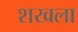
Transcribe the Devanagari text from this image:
शखला